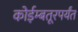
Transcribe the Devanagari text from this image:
कोईम्बतूरपर्यंत